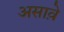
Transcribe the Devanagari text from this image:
असाव़े